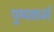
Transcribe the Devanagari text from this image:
पुष्पकर्म